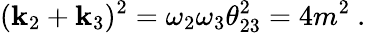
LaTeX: (\mathbf{k}_{2}+\mathbf{k}_{3})^{2}=\omega_{2}\omega_{3}\theta_{23}^{2}=4m^{2}\ .